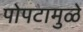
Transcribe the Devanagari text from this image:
पोपटामुळे